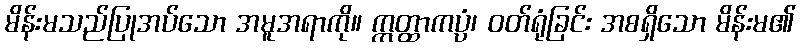
မိန်းမသည်ပြုအပ်သော အမူအရာကို။ ဣတ္ထာကပ္ပံ၊ ဝတ်ရုံခြင်း အစရှိသော မိန်းမ၏